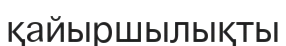
қайыршылықты